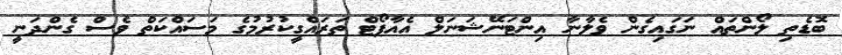
ބޮޑެތި ލޯންތައް ނަގައިގެން ވެލާނާ އިންޓަނޭޝަނަލް އެއާޕޯޓް ތަރައްގީކުރުމުގެ މަސައްކަތް ވެސް ގެންދަނީ